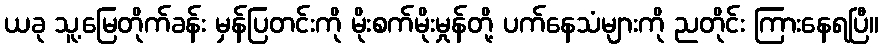
ယခု သူ့မြေတိုက်ခန်း မှန်ပြတင်းကို မိုးစက်မိုးမှုန်တို့ ပက်နေသံများကို ညတိုင်း ကြားနေရပြီ။